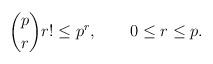
LaTeX: \begin{align*}\binom{p}{r} r! \leq p^{r} , \qquad0 \leq r \leq p.\end{align*}